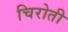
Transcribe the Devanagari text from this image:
चिरोती